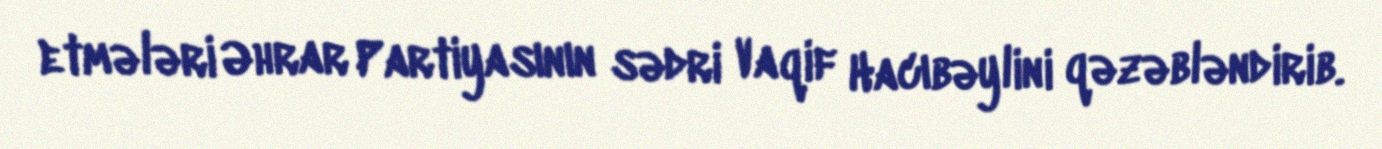
etmələri Əhrar Partiyasının sədri Vaqif Hacıbəylini qəzəbləndirib.